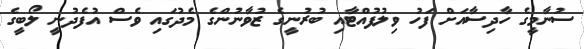
ސުނާމީގެ ހާދިސާއަށް ފަހު ވިލުފުއްޓާއި ބުރުނީގެ ޒުވާނުންގެ މެދުގައި ވެސް އުފެދުނީ ލޯބީގެ